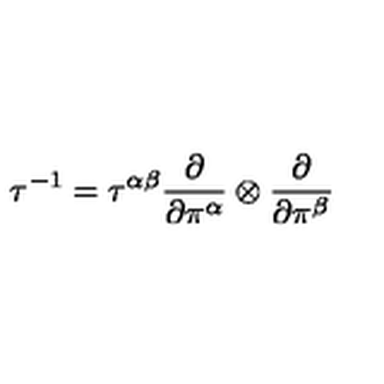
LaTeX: \tau ^ { - 1 } = \tau ^ { \alpha \beta } { \frac { \partial } { \partial \pi ^ { \alpha } } } \otimes { \frac { \partial } { \partial \pi ^ { \beta } } }